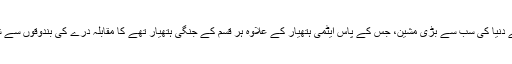
افغانوں نے دنیا کی سب سے بڑی مشین، جس کے پاس ایٹمی ہتھیار کے علاوہ ہر قسم کے جنگی ہتھیار تھے کا مقابلہ درے کی بندوقوں سے شروع کیا۔